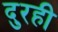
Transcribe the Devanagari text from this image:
दुरही